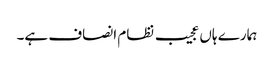
ہمارے ہاں عجیب نظام انصاف ہے۔